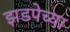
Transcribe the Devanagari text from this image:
झडपेच्या